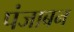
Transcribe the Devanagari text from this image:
पंजाबन